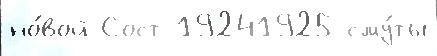
но́вой Сост 19241925 сму́ты